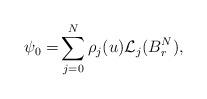
LaTeX: \begin{align*}\psi_0 =& \sum_{j=0}^{N} \rho_j(u) \mathcal{L}_{j}(B^N_r),\end{align*}